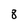
Character: 8